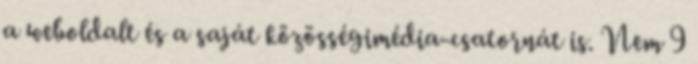
a weboldalt és a saját közösségimédia-csatornát is. Nem 9